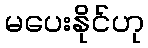
မပေးနိုင်ဟု